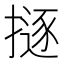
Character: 𢴊